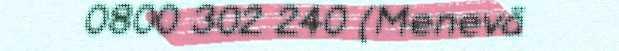
0800 302 240 (Menevä